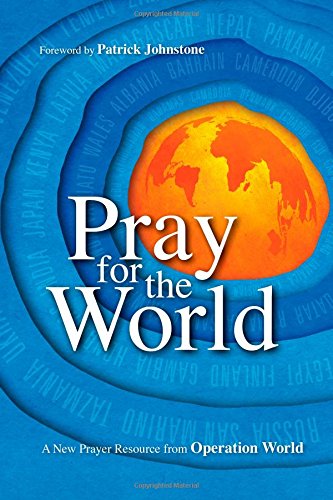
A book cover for Pray for the World: A New Prayer Resource from Operation World; Christian Books & Bibles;